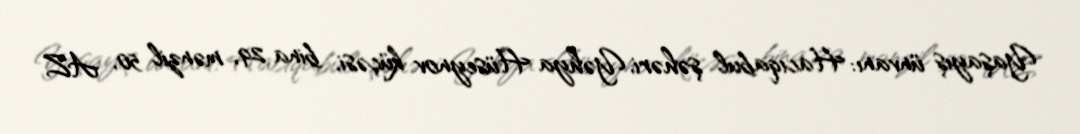
Yaşayış ünvanı: Hacıqabul şəhəri, Yəhya Hüseynov küçəsi, bina 29, mənzil 50, AZ